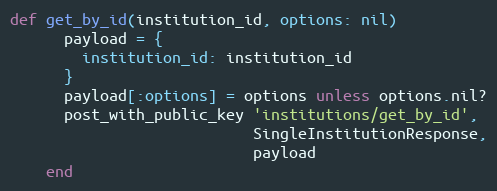
Language: Ruby
def get_by_id(institution_id, options: nil)
      payload = {
        institution_id: institution_id
      }
      payload[:options] = options unless options.nil?
      post_with_public_key 'institutions/get_by_id',
                           SingleInstitutionResponse,
                           payload
    end